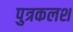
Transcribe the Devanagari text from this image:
पुत्रकलश